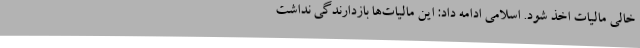
خالی مالیات اخذ شود. اسلامی ادامه داد: این مالیات‌ها بازدارندگی نداشت